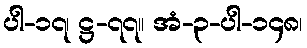
ပါ-၁၇၊ ဋ္ဌ-၇၇။ အံ-၃-ပါ-၁၄၈၊